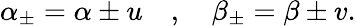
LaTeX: \alpha_{\pm}=\alpha\pm u\quad,\quad\beta_{\pm}=\beta\pm v.